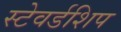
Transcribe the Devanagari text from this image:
स्टेवर्डशिप